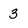
Character: 3